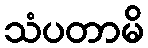
သံပတာမိ